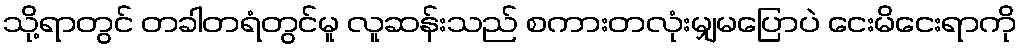
သို့ရာတွင် တခါတရံတွင်မူ လူဆန်းသည် စကားတလုံးမျှမပြောပဲ ငေးမိငေးရာကို